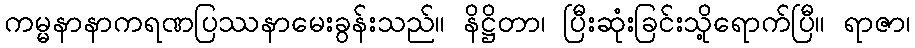
ကမ္မနာနာကရဏပြဿနာမေးခွန်းသည်။ နိဋ္ဌိတာ၊ ပြီးဆုံးခြင်းသို့ရောက်ပြီ။ ရာဇာ၊